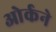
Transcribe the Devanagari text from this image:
ओर्कने